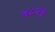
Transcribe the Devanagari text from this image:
४८२६